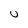
Character: U